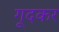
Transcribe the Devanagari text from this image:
गूदकर